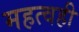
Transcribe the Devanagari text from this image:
महत्वही